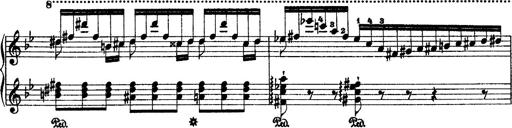
Title: 2 KonzertetÃ¼den
Composer: Franz Liszt